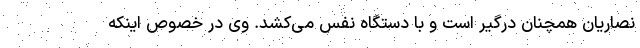
نصاریان همچنان درگیر است و با دستگاه نفس می‌کشد. وی در خصوص اینکه